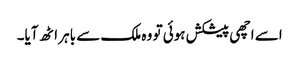
اسے اچھی پیشکش ہوئی تو وہ ملک سے باہر اٹھ آیا۔